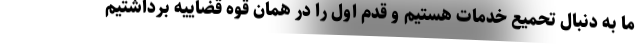
ما به دنبال تحمیع خدمات هستیم و قدم اول را در همان قوه قضاییه برداشتیم